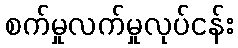
စက်မှုလက်မှုလုပ်ငန်း